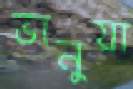
ভানুয়া